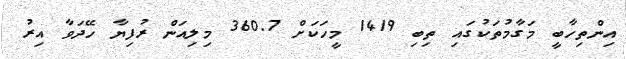
އިންތިހާބީ މަގާމުތަކުގައި ތިބި 1419 މީހަކަށް 360.7 މިލިއަން ރުފިޔާ ހޭދަވާ އިރު